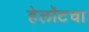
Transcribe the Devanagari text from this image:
हेलॉटचा